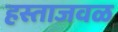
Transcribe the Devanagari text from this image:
हस्ताजवळ